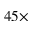
4 5 \times